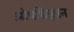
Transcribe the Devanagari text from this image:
ओषधिज्ञान